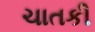
ચાતકી